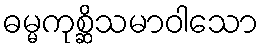
ဓမ္မကုစ္ဆိသမာဝါသော